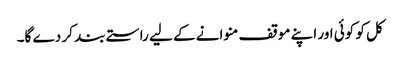
کل کو کوئی اور اپنے موقف منوانے کے لیے راستے بند کر دے گا۔